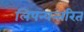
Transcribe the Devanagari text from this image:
लिपन्यन्तरित